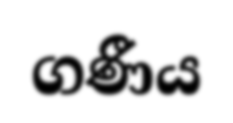
ගණීය